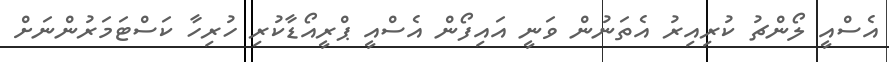
އެސްއީ ލޯންޗު ކުރިއިރު އެތަނުން ވަނީ އައިފޯން އެސްއީ ޕްރީއޯޑާކުރި ހުރިހާ ކަސްޓަމަރުންނަށް